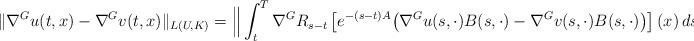
LaTeX: \begin{align*}\Vert \nabla^G u(t,x)- \nabla^G v(t,x)\Vert_{L(U, {K})}=\Big \Vert\int_t^T \nabla^GR_{s-t}\left[e^{-(s-t){A}} \big( \nabla^Gu(s,\cdot) B(s,\cdot) -\nabla^G v(s,\cdot) B(s,\cdot) \big)\right](x)\,ds \Big\Vert_{L},\end{align*}